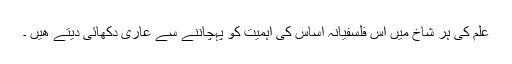
علم کی ہر شاخ میں اس فلسفیانہ اساس کی اہمیت کو پہچاننے سے عاری دکھائی دیتے ھیں ۔